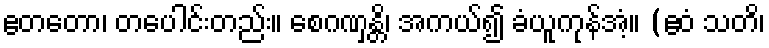
ဧတတော၊ တပေါင်းတည်း။ စေဂဏှန္တိ၊ အကယ်၍ ခံယူကုန်အံ့။ (ဧဝံ သတိ၊